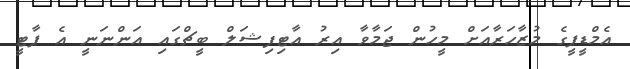
އެމްޑީޕީގެ މުޒާހަރާއަށް މީހުން ޖަމާވާ އިރު އާޓިފިޝަލް ބީޗްގައި އަންނަނީ އެ ޕާޓީ